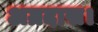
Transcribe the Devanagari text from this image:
अग्रदास।